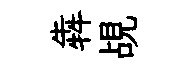
犇覘